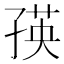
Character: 𭓐